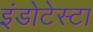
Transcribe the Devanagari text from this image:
इंडोटेस्टा